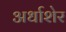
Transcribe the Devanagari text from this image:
अर्धाशेर